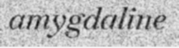
amygdaline